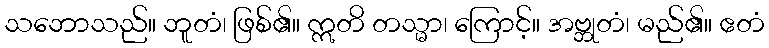
သဘောသည်။ ဘူတံ၊ ဖြစ်၏။ ဣတိ တသ္မာ၊ ကြောင့်။ အဗ္ဘုတံ၊ မည်၏။ ဧတံ